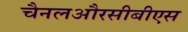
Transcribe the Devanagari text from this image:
चैनलऔरसीबीएस